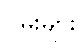
ဂိမ်းများ